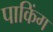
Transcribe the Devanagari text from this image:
पाकिंग